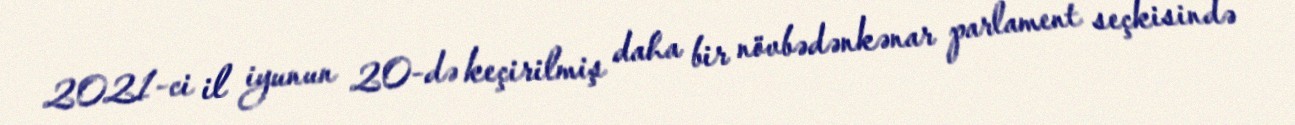
2021-ci il iyunun 20-də keçirilmiş daha bir növbədənkənar parlament seçkisində